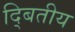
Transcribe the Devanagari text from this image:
द्बितीय